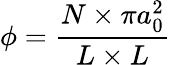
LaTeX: \phi=\frac{N\times\pi a_{0}^{2}}{L\times L}